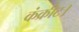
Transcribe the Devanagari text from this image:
कंक्रीट।